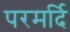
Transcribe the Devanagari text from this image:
परमर्दि